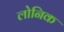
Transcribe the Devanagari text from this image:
लोनिक